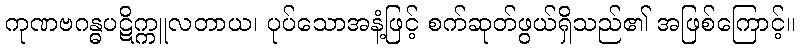
ကုဏဗဂန္ဓပဋိက္ကူလတာယ၊ ပုပ်သောအနံ့ဖြင့် စက်ဆုတ်ဖွယ်ရှိသည်၏ အဖြစ်ကြောင့်။